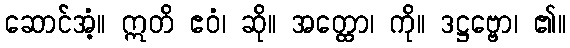
ဆောင်အံ့။ ဣတိ ဧဝံ၊ ဆို။ အတ္ထော၊ ကို။ ဒဋ္ဌဗ္ဗော၊ ၏။